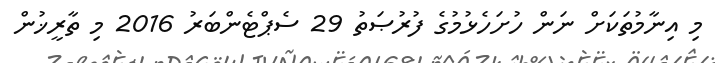
މި އިނާމުތަކަށް ނަން ހުށަހެޅުމުގެ ފުރުޞަތު 29 ސެޕްޓެންބަރު 2016 މި ތާރީޚުން